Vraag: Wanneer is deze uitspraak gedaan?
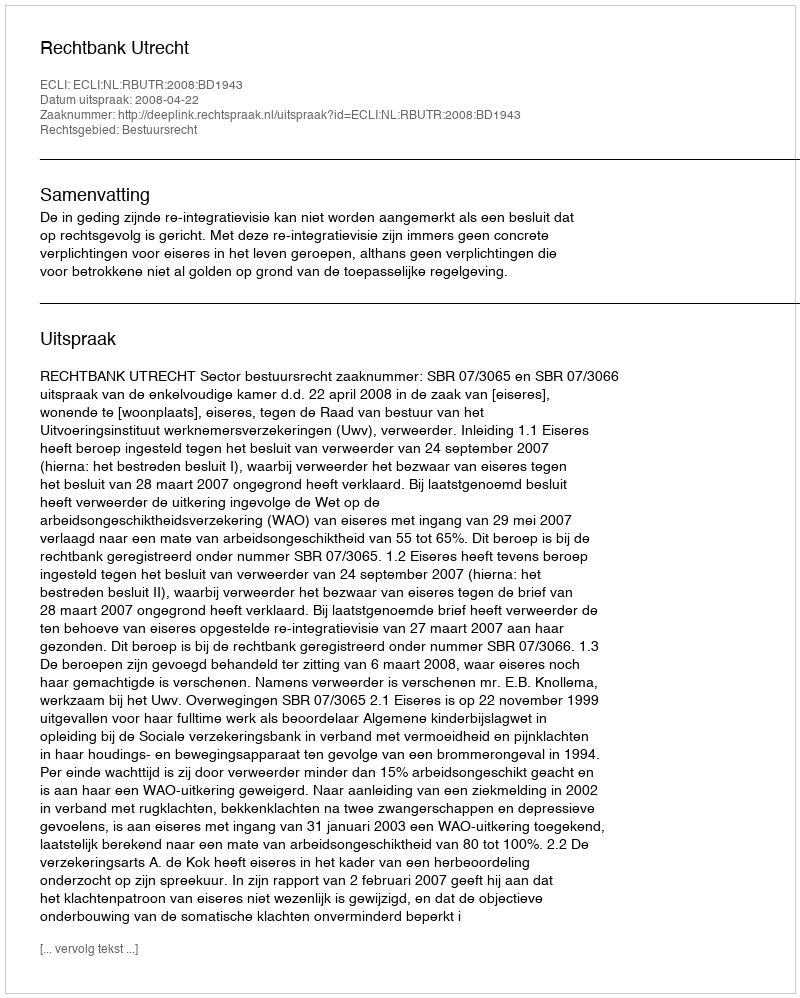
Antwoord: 2008-04-22